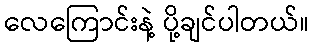
လေကြောင်းနဲ့ ပို့ချင်ပါတယ်။